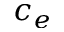
c _ { e }